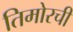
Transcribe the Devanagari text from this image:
तिमोरची